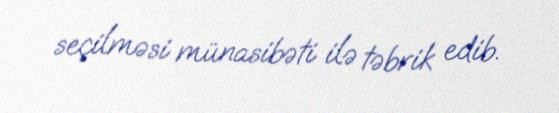
seçilməsi münasibəti ilə təbrik edib.